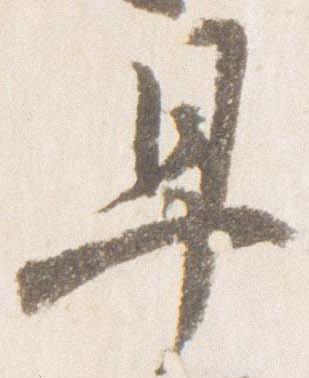
早